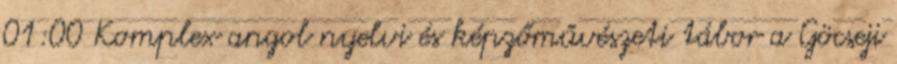
01:00 Komplex angol nyelvi és képzőművészeti tábor a Göcseji